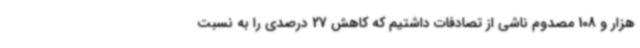
هزار و 108 مصدوم ناشی از تصادفات داشتیم که کاهش 27 درصدی را به نسبت